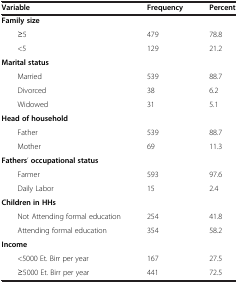
<table><thead><tr><td><b>Variable</b></td><td><b>Frequency</b></td><td><b>Percent</b></td></tr></thead><tbody><tr><td><b>Family size</b></td><td>[EMPTY_CELL]</td><td>[EMPTY_CELL]</td></tr><tr><td>≥5</td><td>479</td><td>78.8</td></tr><tr><td>&lt;5</td><td>129</td><td>21.2</td></tr><tr><td><b>Marital status</b></td><td>[EMPTY_CELL]</td><td>[EMPTY_CELL]</td></tr><tr><td>Married</td><td>539</td><td>88.7</td></tr><tr><td>Divorced</td><td>38</td><td>6.2</td></tr><tr><td>Widowed</td><td>31</td><td>5.1</td></tr><tr><td><b>Head of household</b></td><td>[EMPTY_CELL]</td><td>[EMPTY_CELL]</td></tr><tr><td>Father</td><td>539</td><td>88.7</td></tr><tr><td>Mother</td><td>69</td><td>11.3</td></tr><tr><td><b>Fathers</b>’ <b>occupational status</b></td><td>[EMPTY_CELL]</td><td>[EMPTY_CELL]</td></tr><tr><td>Farmer</td><td>593</td><td>97.6</td></tr><tr><td>Daily Labor</td><td>15</td><td>2.4</td></tr><tr><td><b>Children in HHs</b></td><td>[EMPTY_CELL]</td><td>[EMPTY_CELL]</td></tr><tr><td>Not Attending formal education</td><td>254</td><td>41.8</td></tr><tr><td>Attending formal education</td><td>354</td><td>58.2</td></tr><tr><td><b>Income</b></td><td>[EMPTY_CELL]</td><td>[EMPTY_CELL]</td></tr><tr><td>&lt;5000 Et. Birr per year</td><td>167</td><td>27.5</td></tr><tr><td>≥5000 Et. Birr per year</td><td>441</td><td>72.5</td></tr></tbody></table>